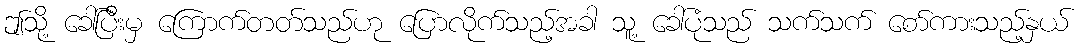
ဤသို့ ခေါ်ပြီးမှ ကြောက်တတ်သည်ဟု ပြောလိုက်သည့်အခါ သူ့ ခေါ်ပုံသည် သက်သက် စော်ကားသည့်နှယ်